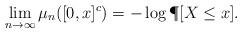
LaTeX: \begin{align*} \lim_{n\to\infty} \mu_n([0,x]^c) = -\log \P[X\le x] .\end{align*}